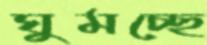
ঘুমচ্ছে